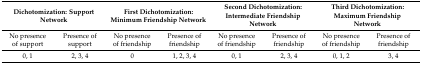
<table><thead><tr><td colspan="2"><b>Dichotomization: Support Network</b></td><td colspan="2"><b>First Dichotomization: Minimum Friendship Network</b></td><td colspan="2"><b>Second Dichotomization: Intermediate Friendship Network</b></td><td colspan="2"><b>Third Dichotomization: Maximum Friendship Network</b></td></tr></thead><tbody><tr><td>No presence of support</td><td>Presence of support</td><td>No presence of friendship</td><td>Presence of friendship</td><td>No presence of friendship</td><td>Presence of friendship</td><td>No presence of friendship</td><td>Presence of friendship</td></tr><tr><td>0, 1</td><td>2, 3, 4</td><td>0</td><td>1, 2, 3, 4</td><td>0, 1</td><td>2, 3, 4</td><td>0, 1, 2</td><td>3, 4</td></tr></tbody></table>